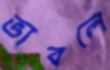
ভাবলে